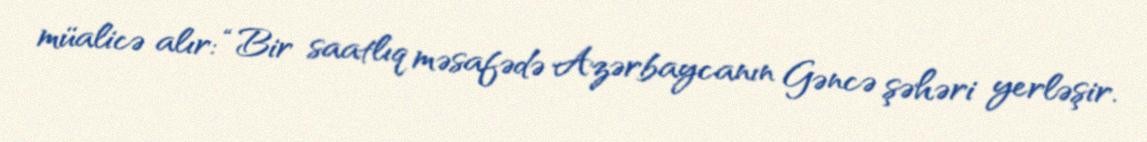
müalicə alır: “Bir saatlıq məsafədə Azərbaycanın Gəncə şəhəri yerləşir.